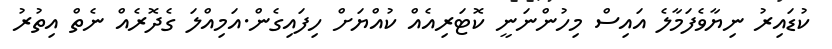
ކުޑައިރު ނިޔާވެފަމާލެ އައިސް މިހުންނަނީ ކޮޓަރިއެއް ކުއްޔަށް ހިފައިގެން.އަމިއްލަ ގެދޮރެއް ނެތް އިތުރު